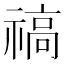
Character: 禞